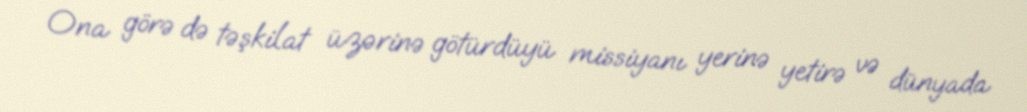
Ona görə də təşkilat üzərinə götürdüyü missiyanı yerinə yetirə və dünyada